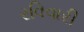
રવિવારી